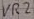
Text: VR2